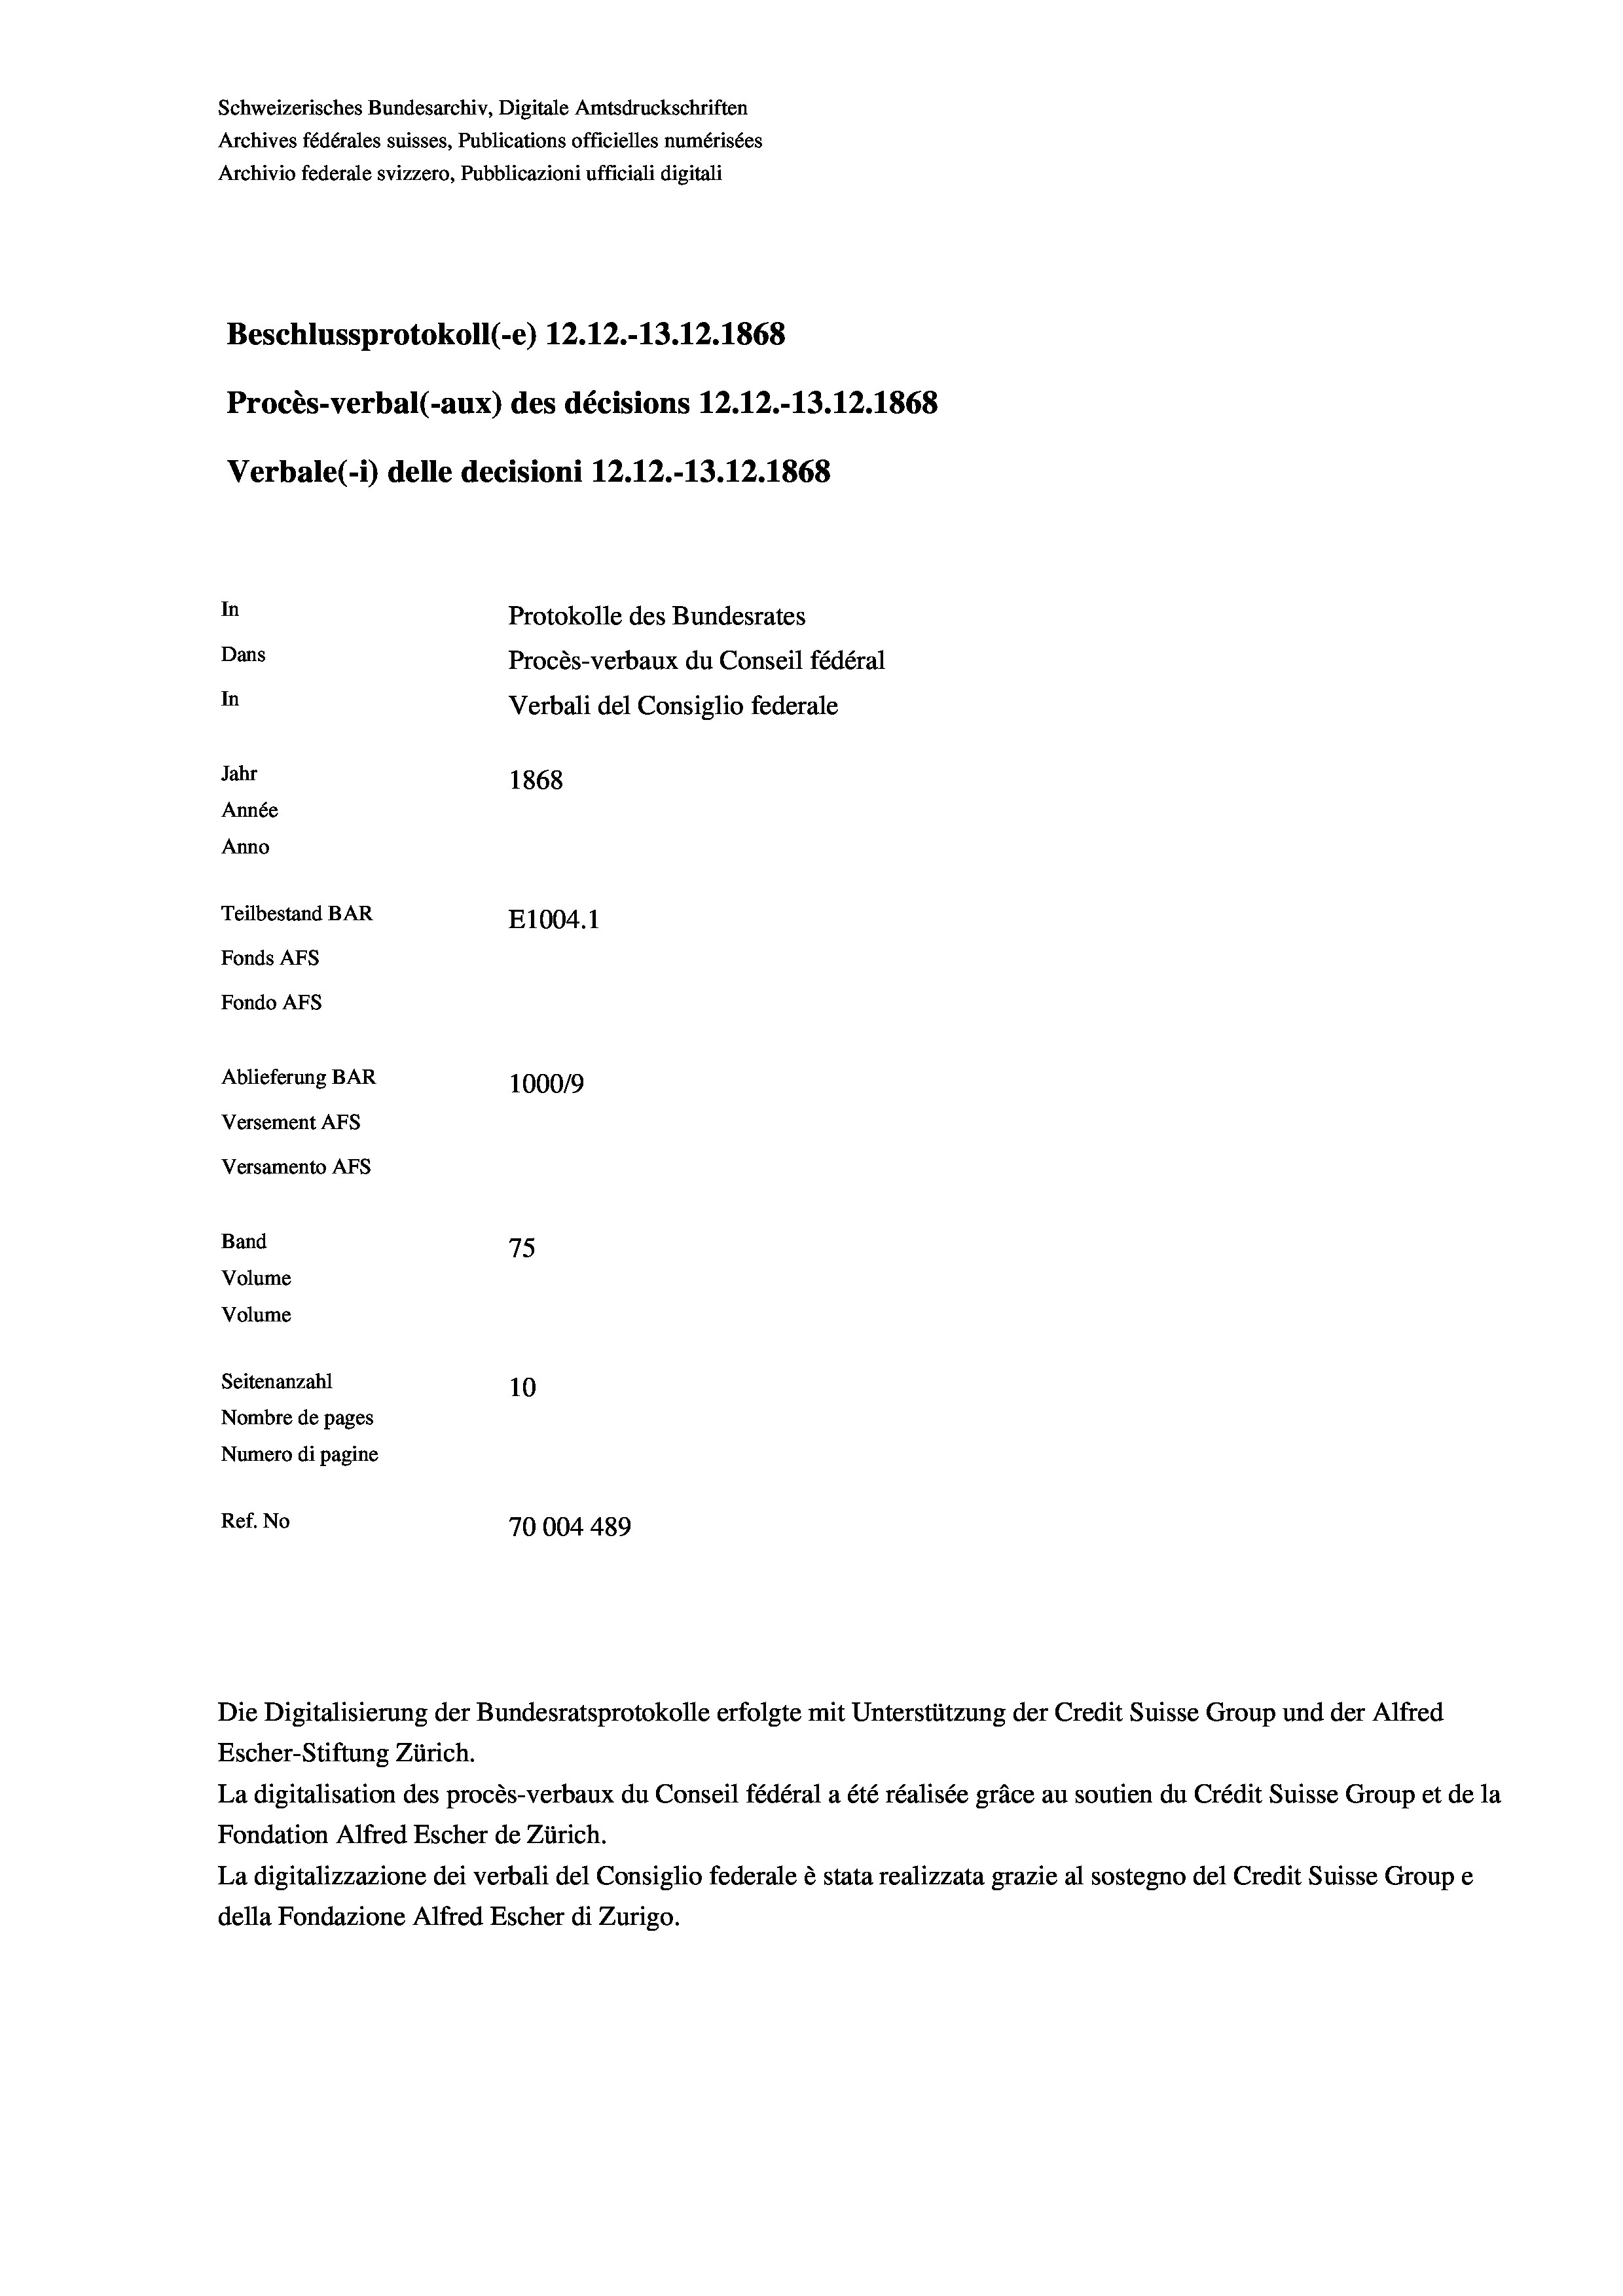
Schweizerisches Bundesarchiv, Digitale Amtsdruckschriften
Archives fédérales suisses, Publications officielles numérisées
Archivio federale svizzero, Pubblicazioni ufficiali digitali
Beschlussprotokoll (-e) 12.12.-13.12.1868
Procès-verbal (-aux) des décisions 12.12.-13.12.1868
Verbale(-*) delle decisioni 12.12.-13.12.1868
In
Protokolle des Bundesrates
Dans
Procès-verbaux du Conseil fédéral
In
Verbali del Consiglio federale
Jahr
1868
Année
Anno
Teilbestand BAR
E1004. 1
Fonds AFs
Fondo AFs
Ablieferung BAR
100019
Versement AFs
Versamento AFs
Band
75
Volume
Volume
Seitenanzahl
10
Nombre de pages
Numero di pagine
Ref. No
70004 489

Escher-Stiftung Zürich.
La digitalisation des procès-verbaux du Conseil fédéral a été réalisée gräce au soutien du Crédit Suisse Group et de la
Fondation Alfred Escher de Zürich.
La digitalizzazione dei verbali del Consiglio federale è stata realizzata grazie al sostegno del Credit Suisse Groupe
della Fondazione Alfred Escher di Zurigo.

Die Digitalisierung der Bundesratsprotokolle erfolgte mit Unterstützung der Credit Suisse Group und der Alfred